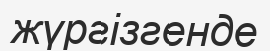
жүргізгенде